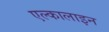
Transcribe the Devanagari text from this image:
एल्कालाइन